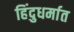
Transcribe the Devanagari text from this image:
हिंदुधर्मात